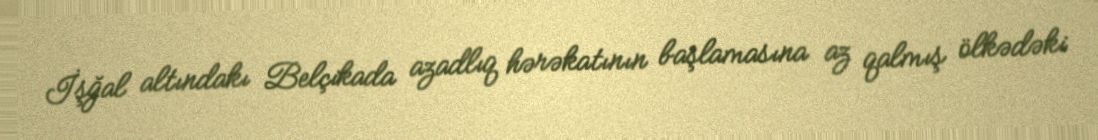
İşğal altındakı Belçikada azadlıq hərəkatının başlamasına az qalmış ölkədəki